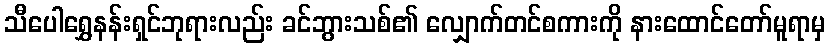
သီပေါရွှေနန်းရှင်ဘုရားလည်း ခင်ဘွားသစ်၏ လျှောက်တင်စကားကို နားထောင်တော်မူရာမှ